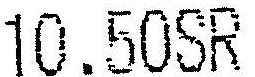
10.50SR